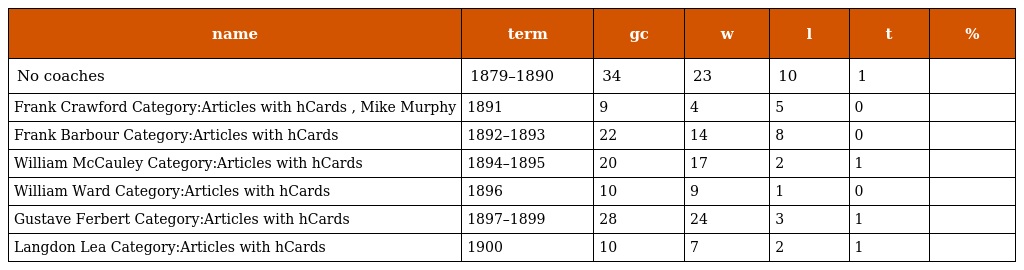
| name | term | gc | w | l | t | % |
 | --- | --- | --- | --- | --- | --- | --- |
 | No coaches | 1879–1890 | 34 | 23 | 10 | 1 |  |
 | Frank Crawford Category:Articles with hCards , Mike Murphy | 1891 | 9 | 4 | 5 | 0 |  |
 | Frank Barbour Category:Articles with hCards | 1892–1893 | 22 | 14 | 8 | 0 |  |
 | William McCauley Category:Articles with hCards | 1894–1895 | 20 | 17 | 2 | 1 |  |
 | William Ward Category:Articles with hCards | 1896 | 10 | 9 | 1 | 0 |  |
 | Gustave Ferbert Category:Articles with hCards | 1897–1899 | 28 | 24 | 3 | 1 |  |
 | Langdon Lea Category:Articles with hCards | 1900 | 10 | 7 | 2 | 1 |  |